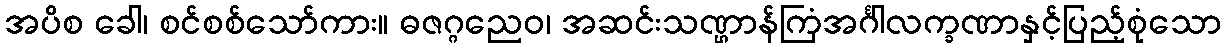
အပိစ ခေါ၊ စင်စစ်သော်ကား။ ဓဇဂ္ဂညေဝ၊ အဆင်းသဏ္ဌာန်ကြံအင်္ဂါလက္ခဏာနှင့်ပြည့်စုံသော